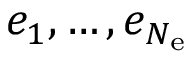
e _ { 1 } , \ldots , e _ { N _ { \mathrm { e } } }